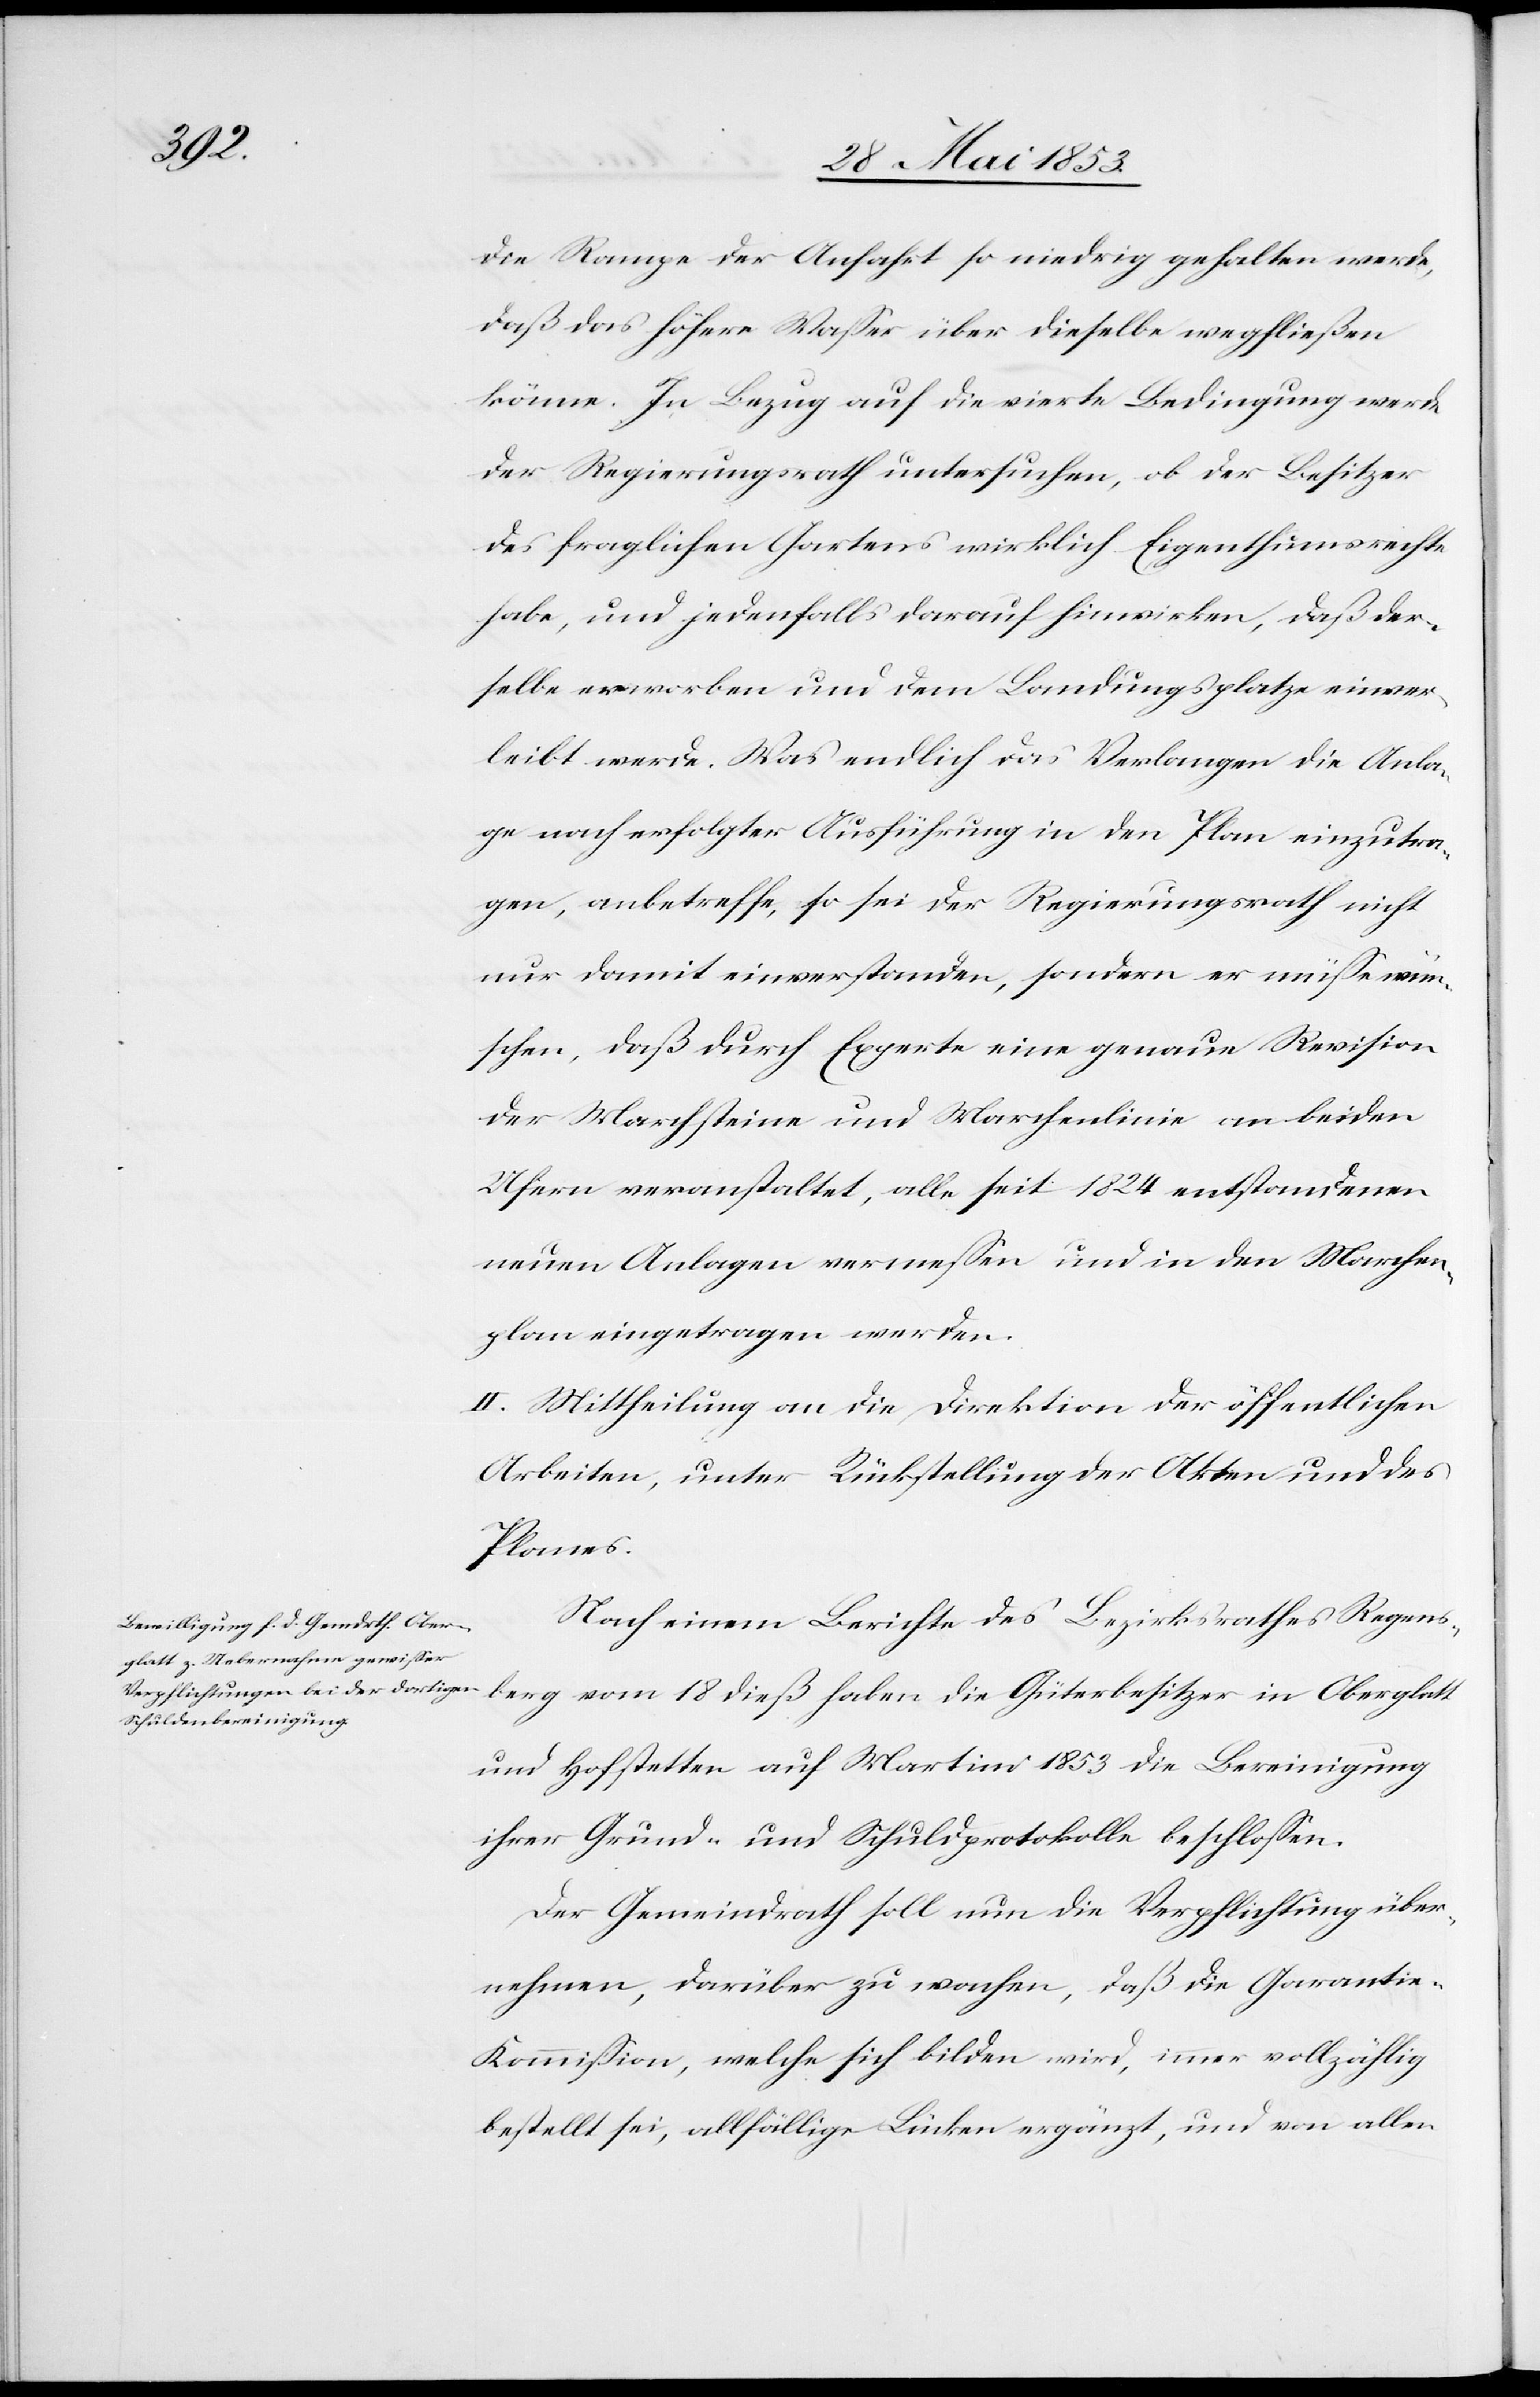
die Rampe der Anfahrt so niedrig gehalten werde,
daß das höhere Waßer über dieselbe wegfließen
könne. In Bezug auf die vierte Bedingung werde
der Regierungsrath untersuchen, ob der Besitzer
des fraglichen Gartens wirklich Eigenthumsrechte
habe, und jedenfalls darauf hinwirken, daß der¬
selbe erworben und dem Landungsplatze einver¬
leibt werde. Was endlich das Verlangen die Anla¬
ge nach erfolgter Ausführung in den Plan einzutra¬
gen, anbetreffe, so sei der Regierungsrath nicht
nur damit einverstanden, sondern er müße wün¬
schen, daß durch Experte eine genaue Revision
der Marchsteine und Marchenlinie an beiden
Ufern veranstaltet, alle seit 1824 entstandenen
neuen Anlagen vermeßen und in den Marchen¬
plan eingetragen werden.
II. Mittheilung an die Direktion der öffentlichen
Arbeiten, unter Rückstellung der Akten und des
Planes.
Nach einem Berichte des Bezirksrathes Regens¬
berg vom 18 dieß haben die Güterbesitzer in Oberglatt
und Hofstetten auf Martini 1853 die Bereinigung
ihrer Grund- und Schuldprotokolle beschloßen.
Der Gemeindrath soll nun die Verpflichtung über¬
nehmen, darüber zu wachen, daß die Garanti¬
e-Kommißion, welche sich bilden wird, immer vollzählig
bestellt sei, allfällige Lücken ergänzt, und von allen